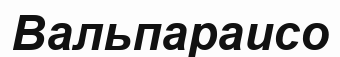
Вальпараисо